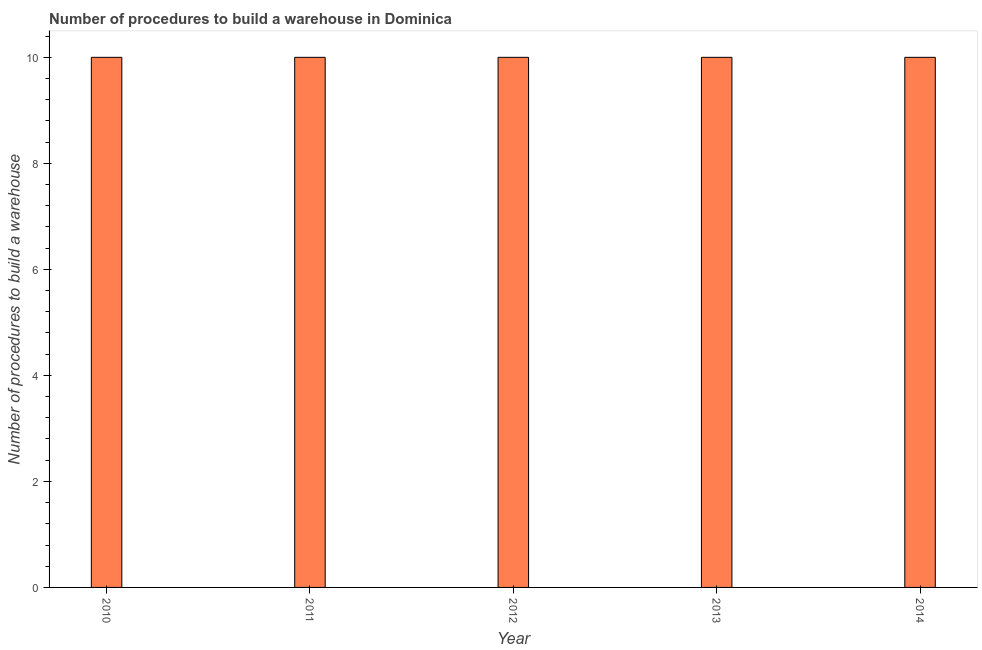
| Year | Build a warehouse |
 | --- | --- |
 | 2010 | 10 |
 | 2011 | 10 |
 | 2012 | 10 |
 | 2013 | 10 |
 | 2014 | 10 |